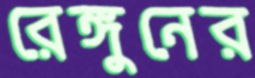
রেঙ্গুনের